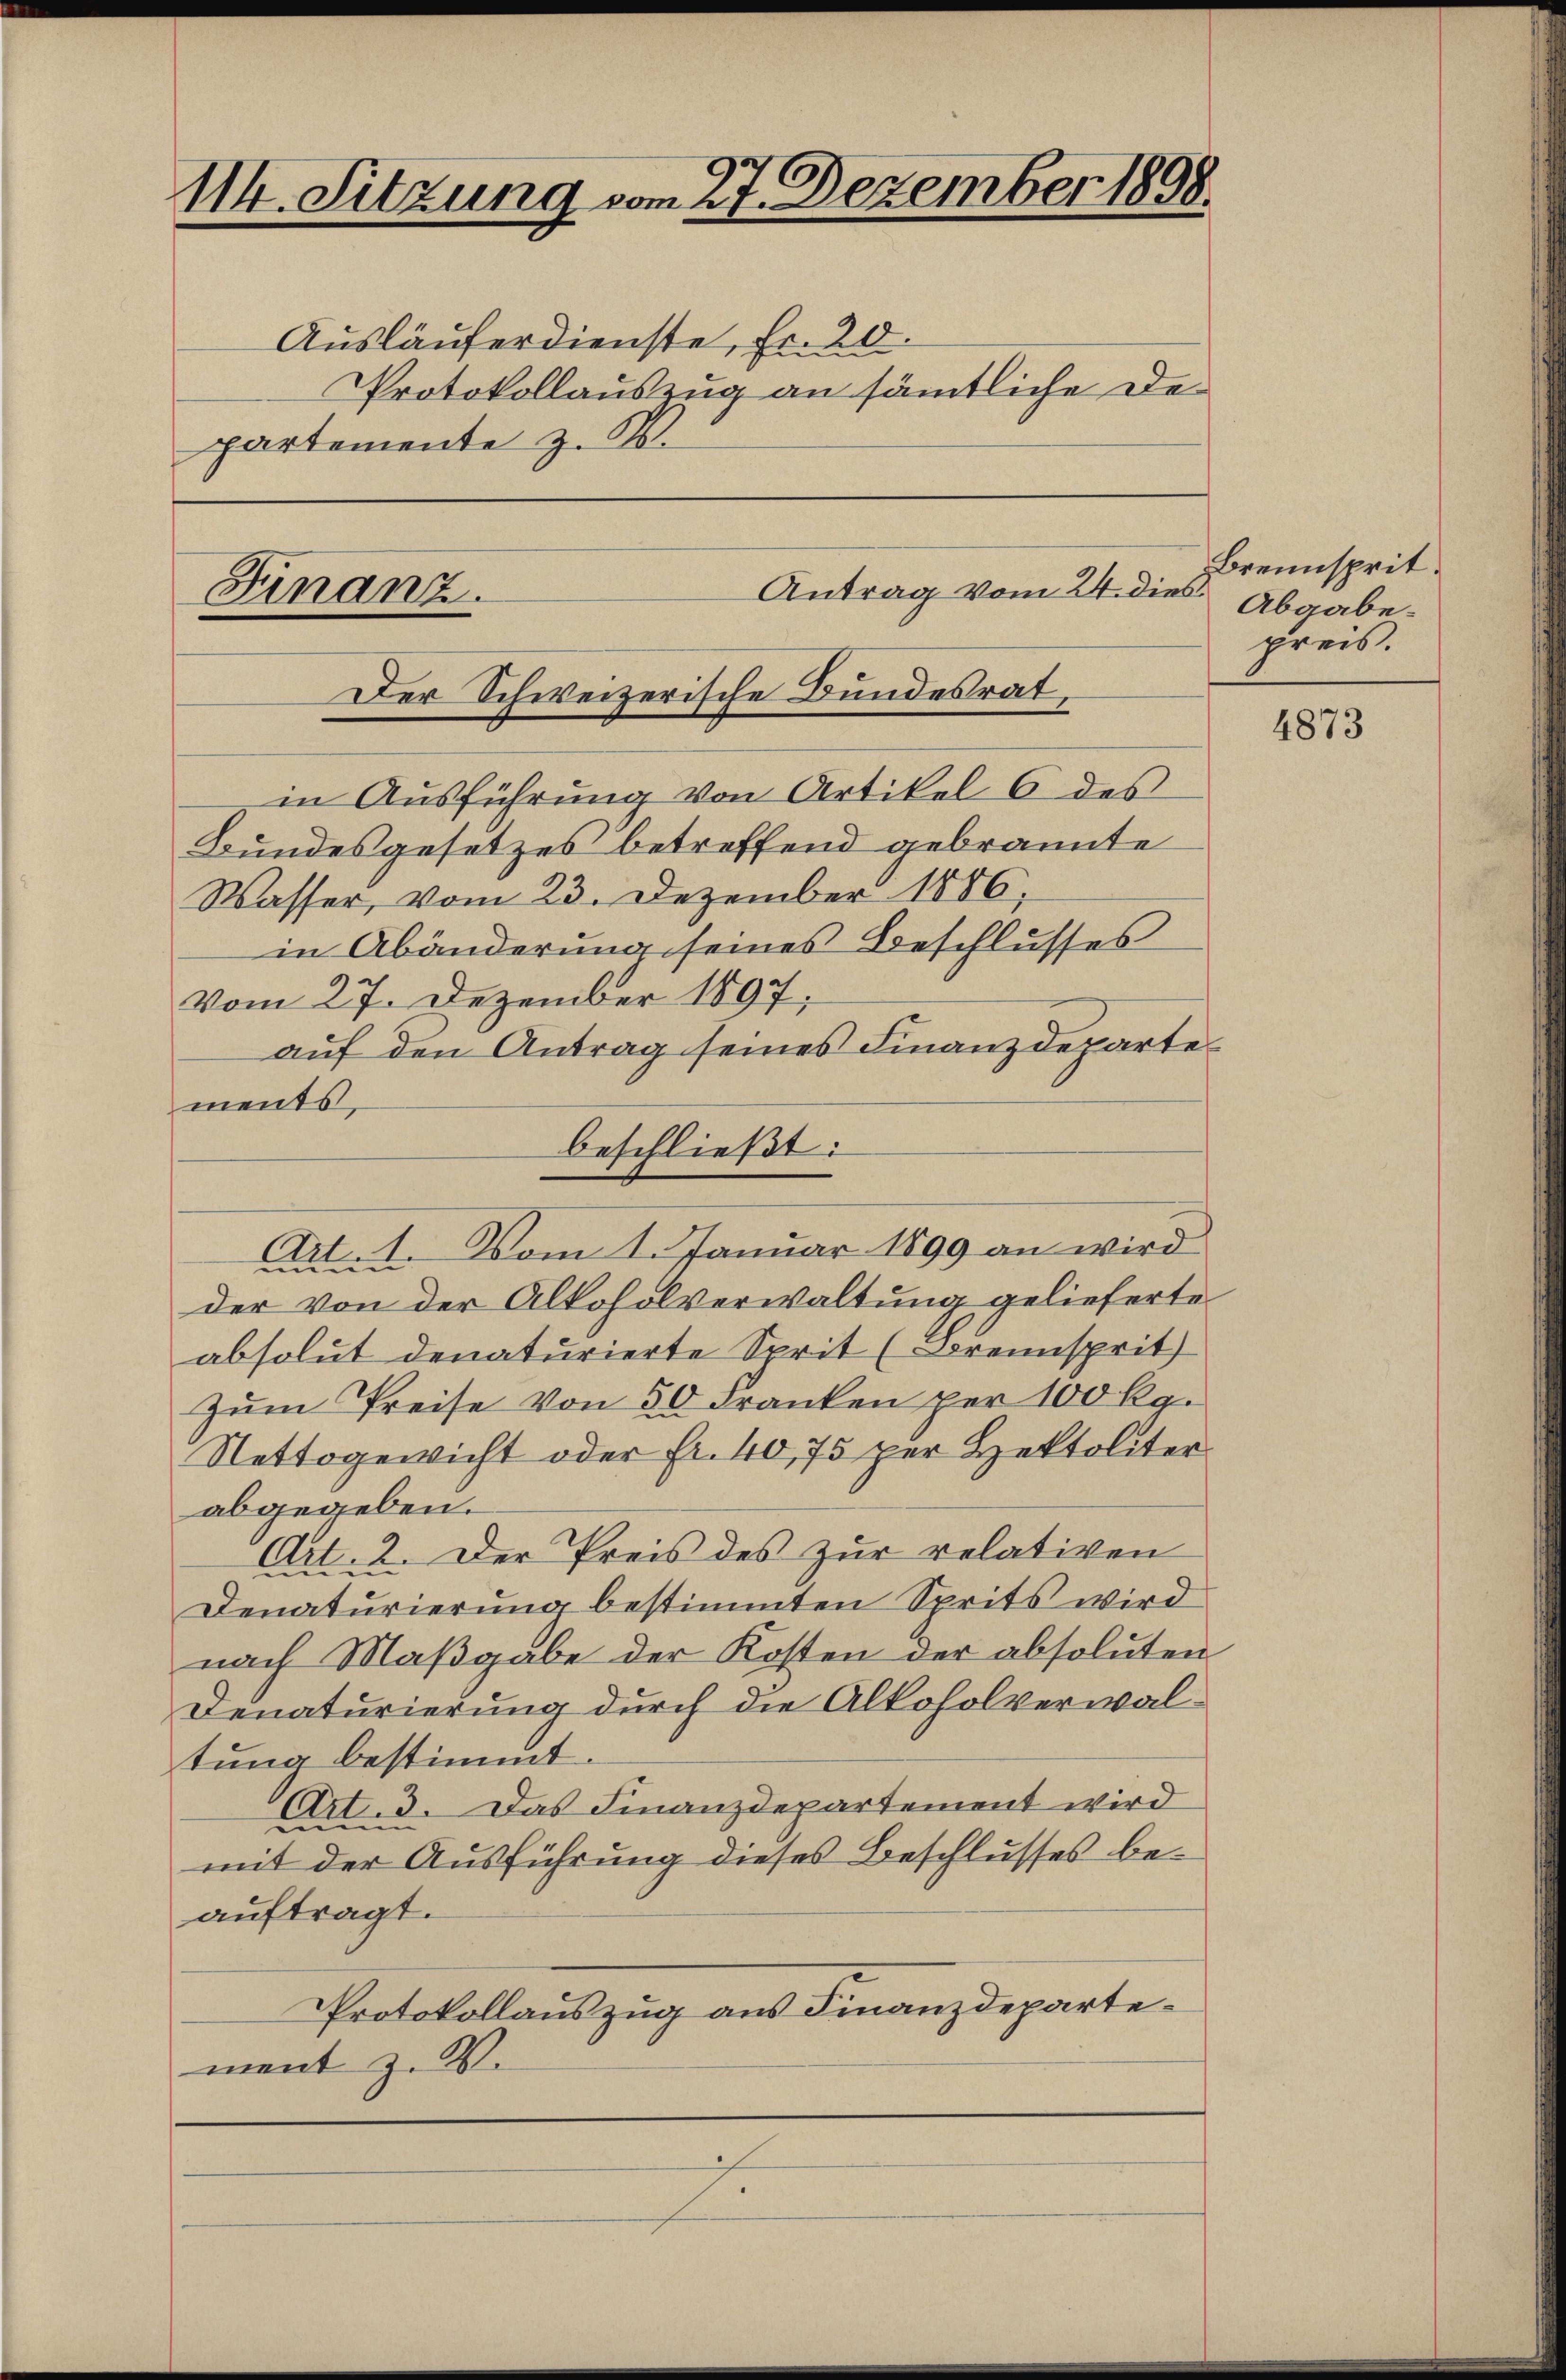
114. Sitzung vom 27. Dezember 1898.

Ausläuferdienste, Fr. 20.
Protokollauszug an sämtliche Departemente z. B.

in Ausführung von Artikel 6 des
Bundesgesetzes betreffend gebrannte
Wasser, vom 23. Dezember 1886,
in Abänderung seines Beschlusses
vom 27. Dezember 1897;
auf den Antrag seines Finanzdeparte
der von der Alkoholverwaltung gelieferte
absolut denaturierte Sprit (Brennsprit
zŭm Preise von 50 Franken per 100 Rg.
Nettogewicht oder Fr. 40,75 per Hektoliter
abgegeben.
Art. 2. Der Preis des zur relativen
Denaturierung bestimmten Sprits wird
nach Maßgabe der Kosten der absoluten
Denaturierung durch die Alkoholverwaltung bestimmt.
Art. 3. Das Finanzdepartement wird
mit der Ausführung dieses Beschlusses beauftragt.
Protokollauszug aus Finanzdepartement z. V.

Antrag vom 24. dies
Finanz.
Der Schweizerische Bundesrat,

ments,
beschließt:
Art. 1. Vom 1. Januar 1899 an wird

Brennsprit.
Abgabe.
preis.

4873